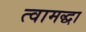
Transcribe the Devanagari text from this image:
त्वामद्धा